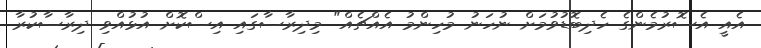
އެއީ އެސޮރުމެންގެ ހެދިބޮޑުވުމަށް ނުހަނު މުހިންމު އެއްޗެއް" މިދިރާސާގައި އިސްކޮށް އުޅުއްވި ދިރާސާކުރާ